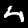
Digit: 4